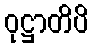
ဝုဋ္ဌာတိပိ